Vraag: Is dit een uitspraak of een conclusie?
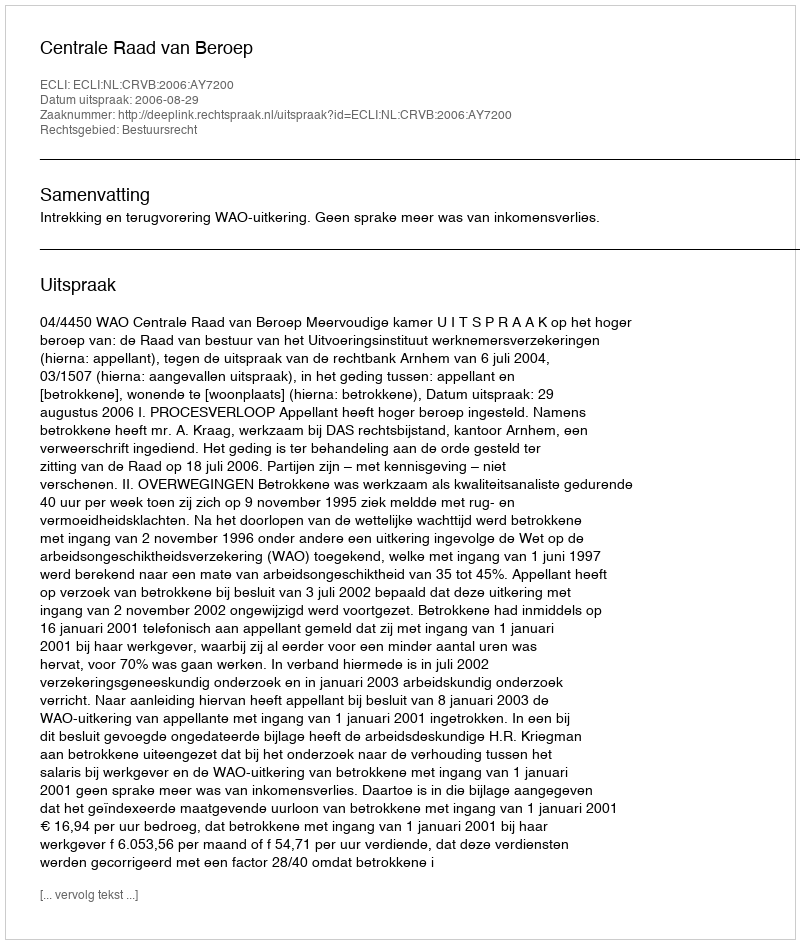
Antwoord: Uitspraak